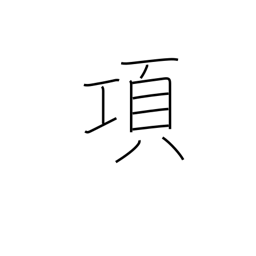
Meaning: paragraph